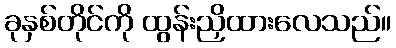
ခုနှစ်တိုင်ကို ထွန်းညှိထားလေသည်။